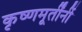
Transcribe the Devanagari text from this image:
कृष्णमूर्तींनीं